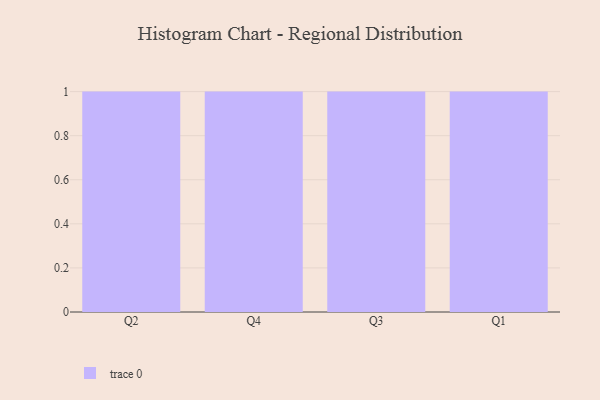
{"axis": {"x": "Quarter", "y": "Waste Production (Tons)"}, "legend": [""], "data": [{"x": "Q2", "y": 22, "type": ""}, {"x": "Q4", "y": 6, "type": ""}, {"x": "Q3", "y": 92, "type": ""}, {"x": "Q1", "y": 83, "type": ""}]}